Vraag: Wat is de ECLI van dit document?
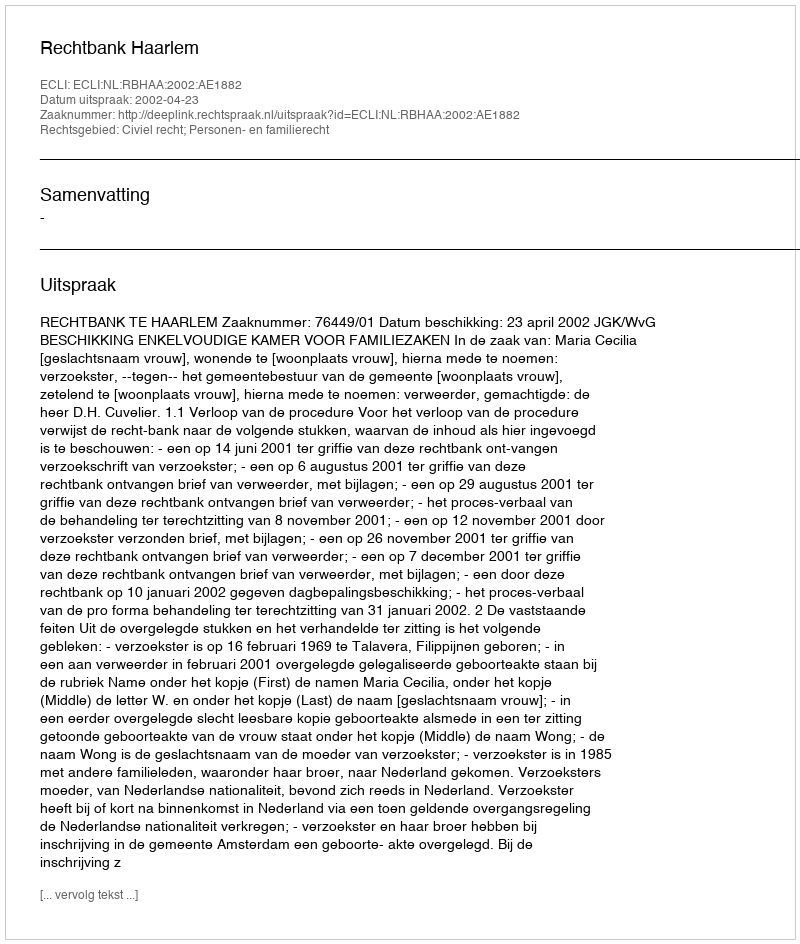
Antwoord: ECLI:NL:RBHAA:2002:AE1882